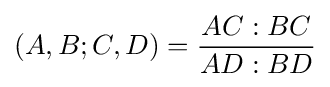
(A,B;C,D)={\frac {AC:BC}{AD:BD}}